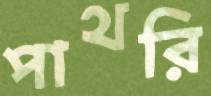
পাথরি